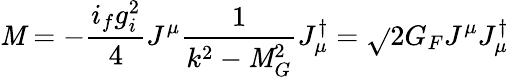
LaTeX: {\cal\mathit{M}}=-\frac{{i_{f}g_{i}^{2}}}{{4}}J^{\mu}\frac{{1}}{{k^{2}-\mathit{M}_{G}^{2}}}J_{\mu}^{\dagger}=\sqrt{}{{2}}G_{F}J^{\mu}J_{\mu}^{\dagger}